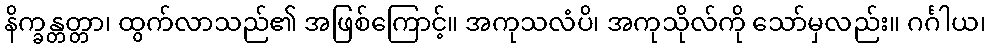
နိက္ခန္တတ္တာ၊ ထွက်လာသည်၏ အဖြစ်ကြောင့်။ အကုသလံပိ၊ အကုသိုလ်ကို သော်မှလည်း။ ဂင်္ဂါယ၊